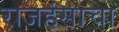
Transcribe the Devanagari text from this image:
राजहंसाचा